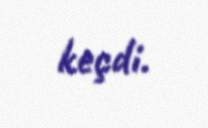
keçdi.